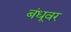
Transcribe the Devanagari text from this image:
बंधूवर